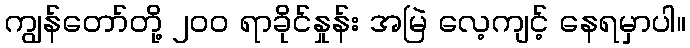
ကျွန်တော်တို့ ၂၀၀ ရာခိုင်နှုန်း အမြဲ လေ့ကျင့် နေရမှာပါ။